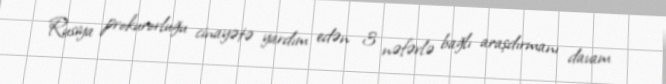
Rusiya prokurorluğu cinayətə yardım edən 3 nəfərlə bağlı araşdırmanı davam